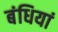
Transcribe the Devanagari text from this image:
बंधियां